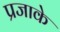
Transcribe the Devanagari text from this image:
प्रजाके